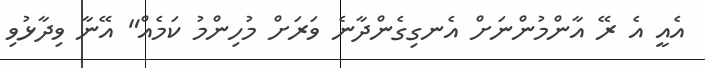
އެއީ އެ ރޭ އާންމުންނަށް އެނގިގެންދާނެ ވަރަށް މުހިންމު ކަމެއް" އޭނާ ވިދާޅުވި